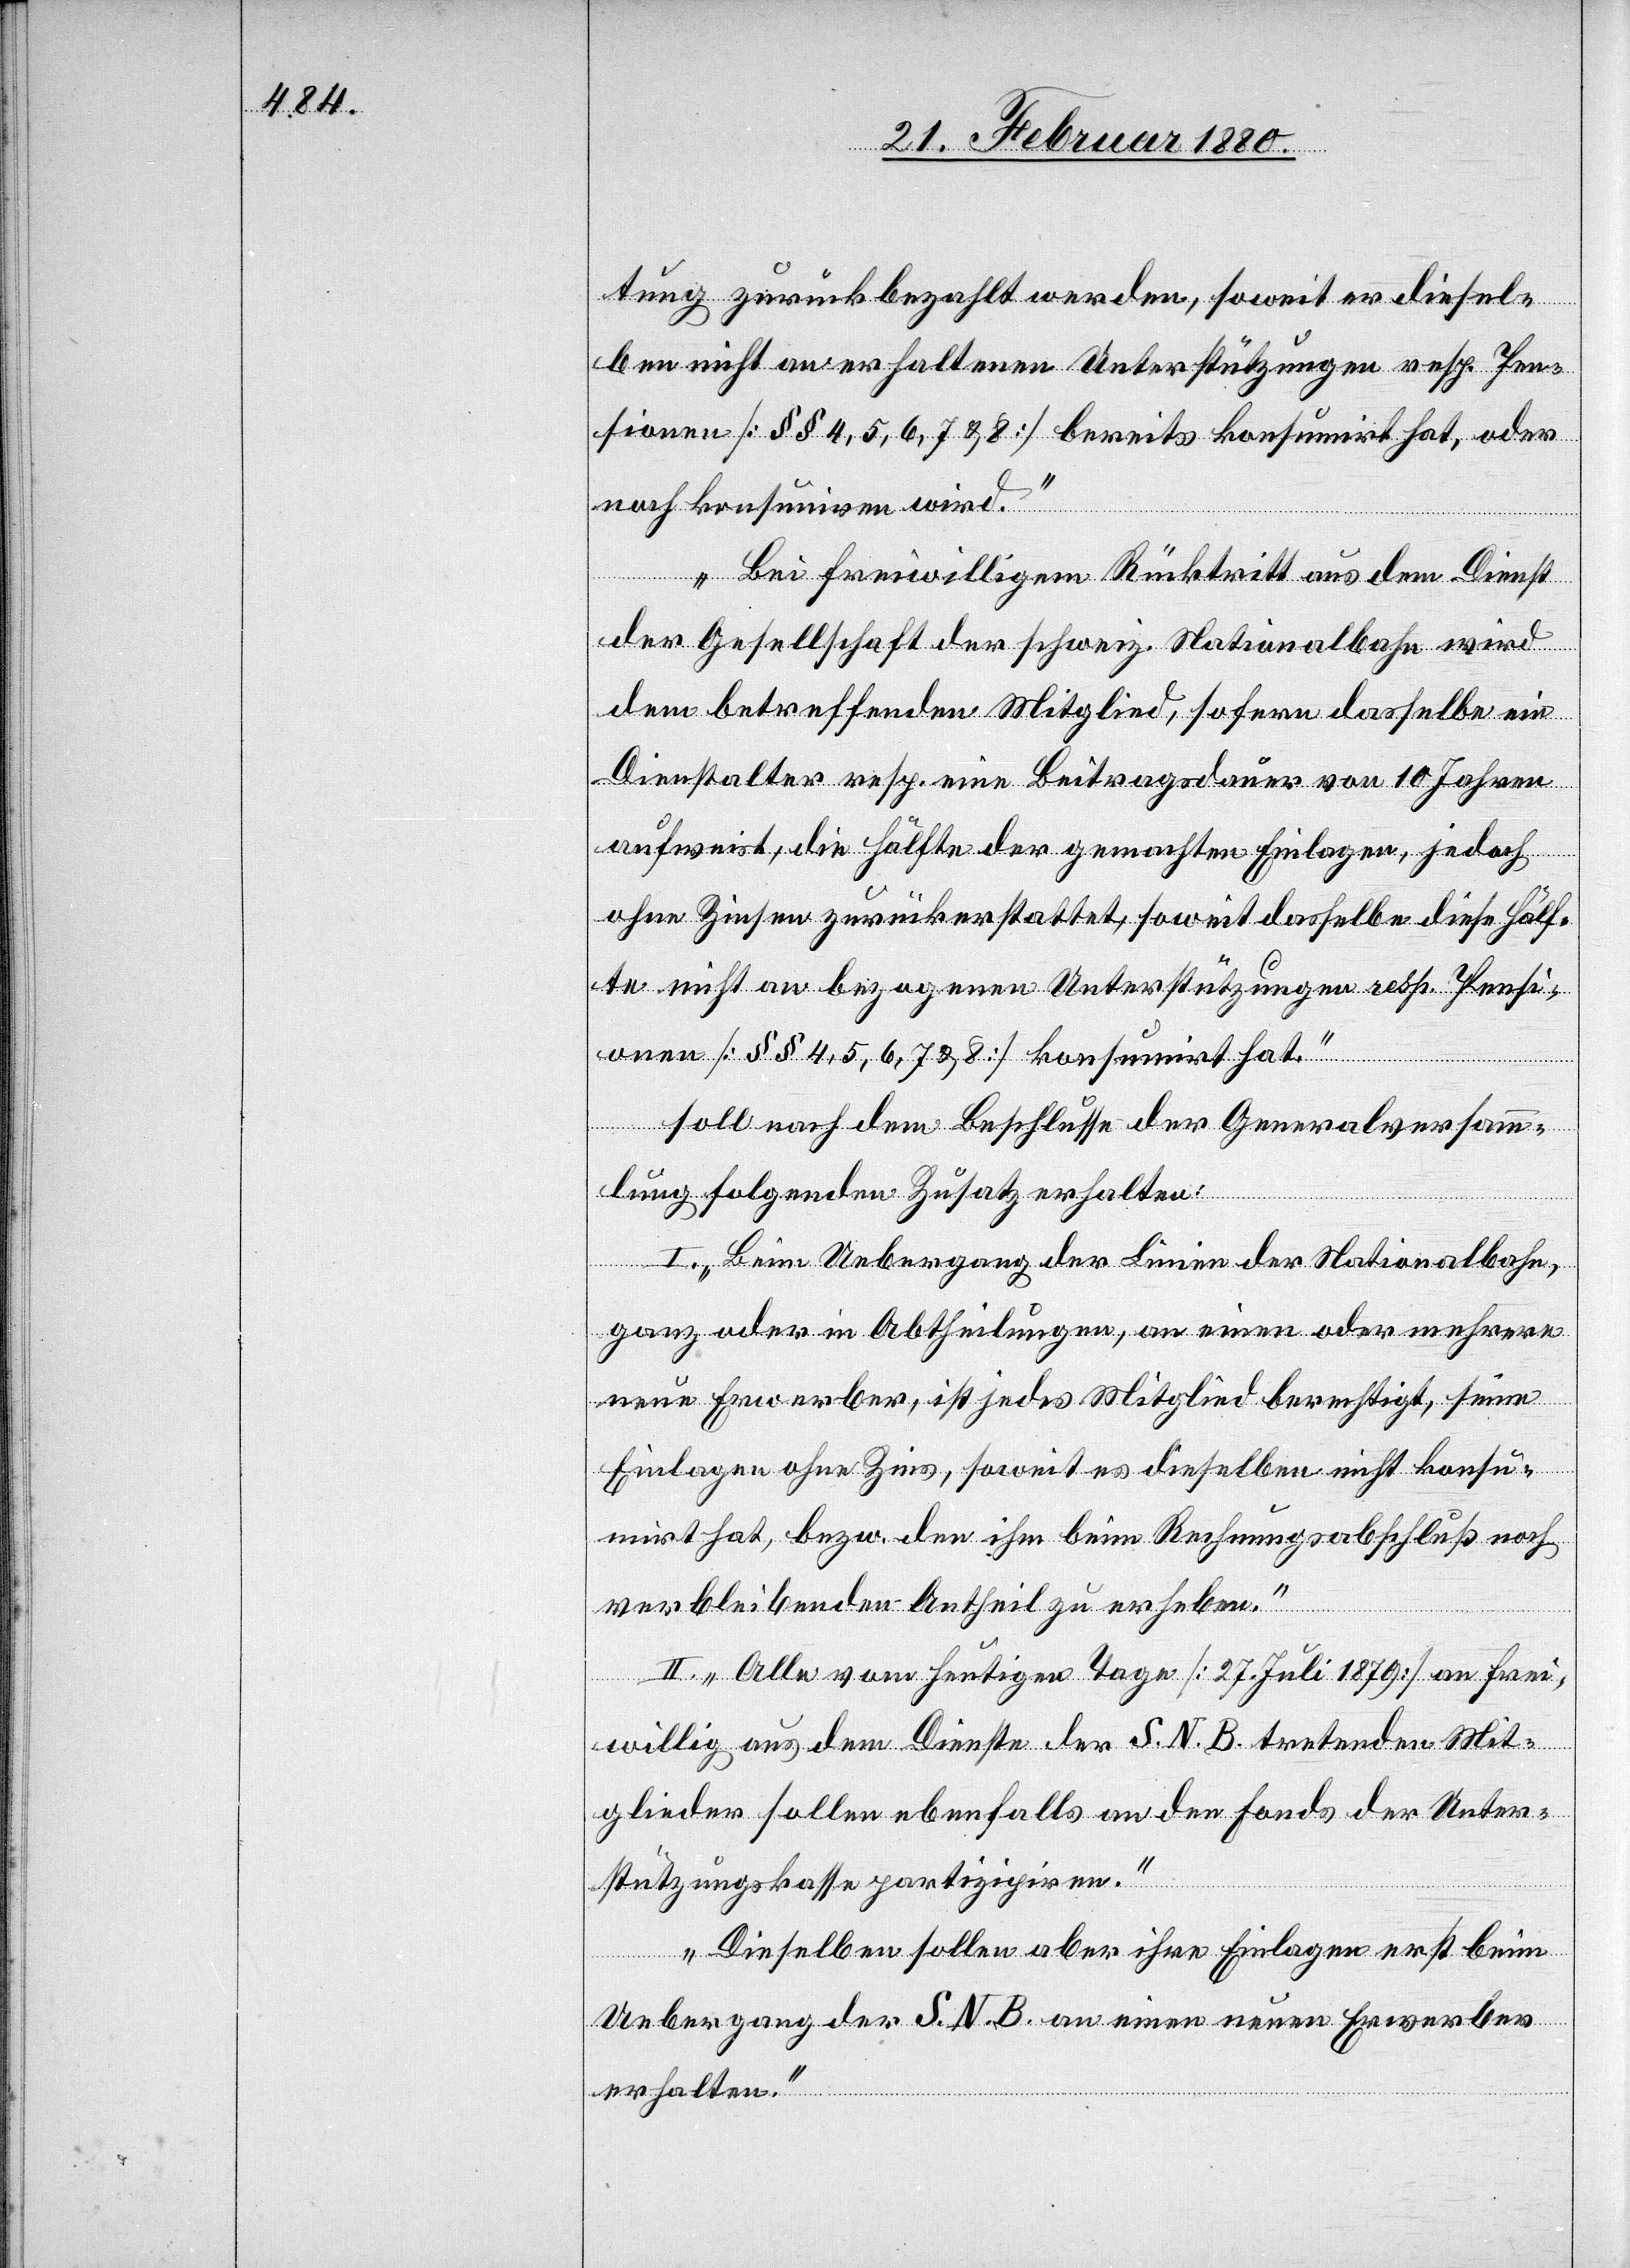
tung zurückbezahlt werden, soweit er diesel¬
ben nicht an erhaltenen Unterstützungen resp. Pen¬
sionen [§§ 4, 5, 6, 7 & 8] bereits konsumirt hat, oder
noch konsumiren wird.
Bei freiwilligem Rücktritt aus dem Dienst
der Gesellschaft der schweiz. Nationalbahn wird
dem betreffenden Mitglied, sofern dasselbe ein
Dienstalter resp. eine Betragsdauer von 10 Jahren
aufweist, die Hälfte der gemachten Einlagen, jedoch
ohne Zinsen zurückerstattet, soweit dasselbe diese Hälf¬
te nicht an bezogenen Unterstützungen resp. Pensi¬
onen [§§ 4, 5, 6, 7 & 8] konsumirt hat.“
soll nachdem Beschlusse der Generalversamm¬
lung folgenden Zusatz erhalten:
I. „Beim Uebergang der Linien der Nationalbahn,
ganz oder in Abtheilungen, an einen oder mehrere
neue Erwerber, ist jedes Mitglied berechtigt, seine
Einlagen ohne Zinse, soweit es dieselben nicht konsu¬
mirt hat, bezw. den ihm beim Rechnungsbaschluß noch
verbleibenden Anteil zu erheben.“
II. „Alle vom heutigen Tage [27. Juli 1879] an frei¬
willig aus dem Dienste der S. N. B. tretenden Mit¬
glieder sollen ebenfalls an den Fonds der Unter¬
stützungskasse partizipiren.
Dieselben sollen aber ihre Einlagen erst beim
Uebergang der S. N. B. an einen neuen Erwerber
erhalten.“